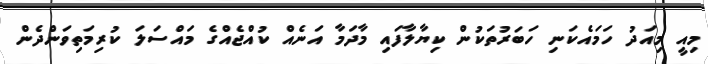
މިއީ މިއަދު ހަމައެކަނި ހަބަރުތަކުން ކިޔާލާފައި މާދަމާ އަނެއް ކުއްޖެއްގެ މައްސަލަ ކުރިމަތިވަންދެން